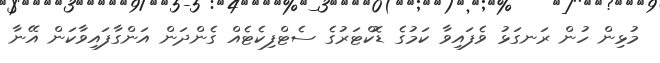
މުޅިން ހުން ރަނގަޅު ވެފައިވާ ކަމުގެ ޑޮކްޓަރުގެ ސެޓްފިކެޓެއް ގެންދަން އަންގާފައިވާކަން އޭނާ